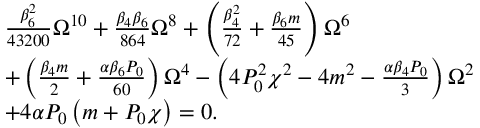
\begin{array} { r l } & { \frac { \beta _ { 6 } ^ { 2 } } { 4 3 2 0 0 } \Omega ^ { 1 0 } + \frac { \beta _ { 4 } \beta _ { 6 } } { 8 6 4 } \Omega ^ { 8 } + \left( \frac { \beta _ { 4 } ^ { 2 } } { 7 2 } + \frac { \beta _ { 6 } m } { 4 5 } \right) \Omega ^ { 6 } } \\ & { + \left( \frac { \beta _ { 4 } m } { 2 } + \frac { \alpha \beta _ { 6 } P _ { 0 } } { 6 0 } \right) \Omega ^ { 4 } - \left( 4 P _ { 0 } ^ { 2 } \chi ^ { 2 } - 4 m ^ { 2 } - \frac { \alpha \beta _ { 4 } P _ { 0 } } { 3 } \right) \Omega ^ { 2 } } \\ & { + 4 \alpha P _ { 0 } \left( m + P _ { 0 } \chi \right) = 0 . } \end{array}